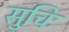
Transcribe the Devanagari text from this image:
सुचिः